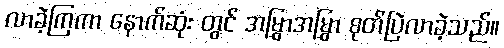
လာခဲ့ကြကာ နောက်ဆုံး တွင် အမြွှာအမြွှာ စုတ်ပြဲလာခဲ့သည်။